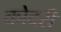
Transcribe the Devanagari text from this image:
कोदरी